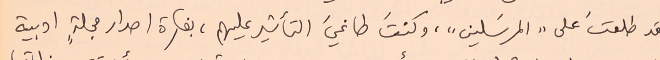
لقد طلعتَ على "المرسَلين"، وكنتَ طاغيَ التأثير عليهم، بفكرة اصدار مجلةٍ ادبية